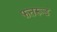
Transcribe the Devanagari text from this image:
फतरूड